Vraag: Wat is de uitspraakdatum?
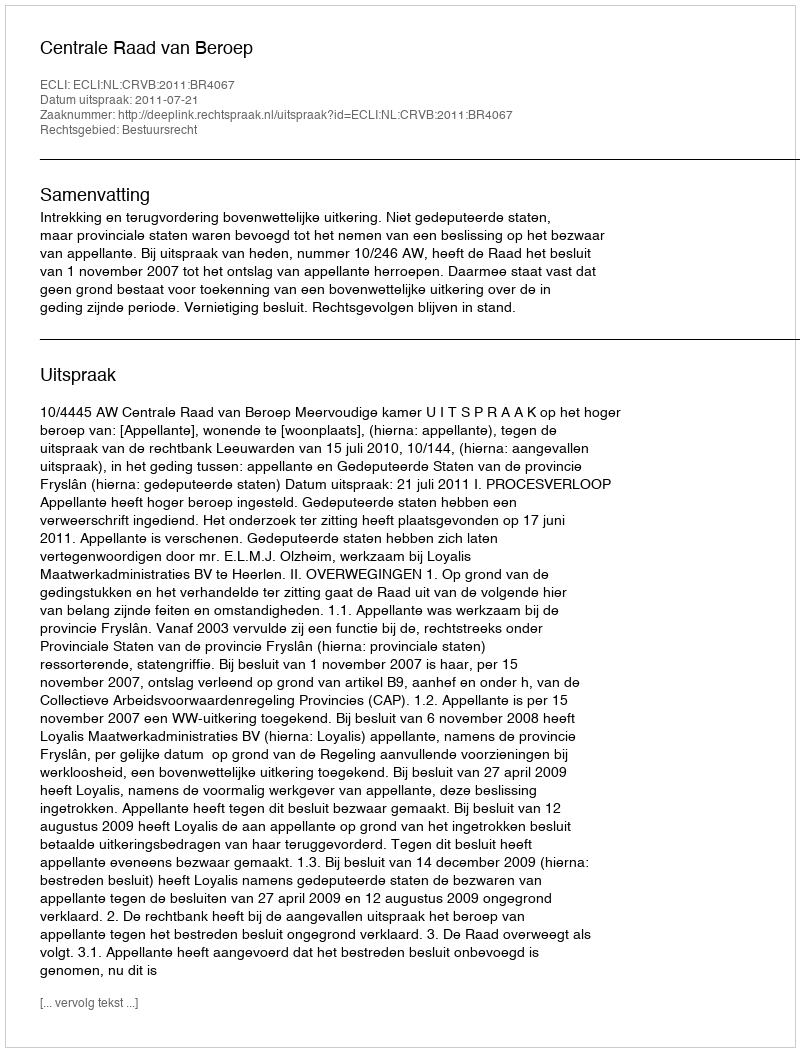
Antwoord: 2011-07-21